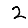
Digit: 2